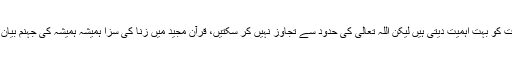
آپ انہیں واضح طور پر بتا دیجیے کہ آپ ان کی عنایات کو بہت اہمیت دیتی ہیں لیکن اللہ تعالیٰ کی حدود سے تجاوز نہیں کر سکتیں، قرآن مجید میں زنا کی سزا ہمیشہ ہمیشہ کی جہنم بیان ہوئی ہے اور آپ اس کے خلاف ہرگز نہیں کر سکتیں۔